Annual returns of the Patna Lunatic Asylum at Bankipore in Bihar and Orissa - 1912-1924
Year: 1912
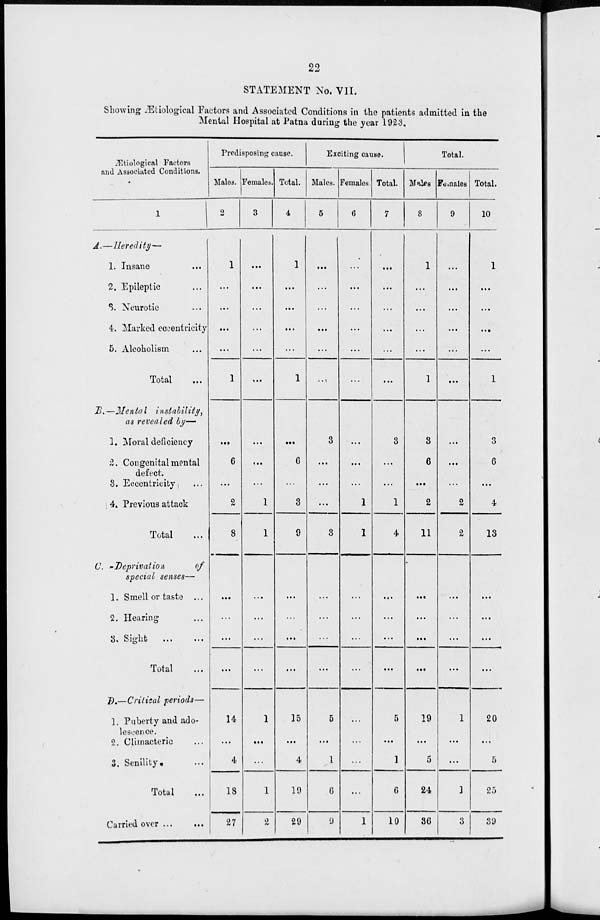
22
STATEMENT No. VII.
Showing Ætiological Factors and Associated Conditions in the patients admitted in the
Mental Hospital at Patna during the year 1923.
Ætiological Factors
and Associated Conditions.
1
A.—Heredity—
1. Insane ...
2. Epileptic ...
3. Neurotic ...
4. Marked eccentricity
5. Alcoholism ...
Total ...
B.—Mental
instability,
as revealed by—
1. Moral deficiency
2. Congenital mental
defect.
3. Eccentricity ...
4. Previous attack
Total ...
C. -Deprivation
of
special senses—
1. Smell or taste ...
2. Hearing ...
3. Sight ...
Total ...
D.—Critical periods—
1. Puberty and ado-
lescence.
2. Climacteric ...
3. Senility ...
Total ...
Carried over
...
...
Predisposing cause.
Males.
2
1
...
...
...
...
1
...
6
...
2
8
...
...
...
...
14
...
4
18
27
Females.
3
...
...
...
...
...
...
...
...
...
1
1
...
...
...
...
1
...
...
1
2
Total.
4
1
...
...
...
...
1
...
6
...
3
9
...
...
...
...
15
...
4
19
29
Exciting cause.
Males.
5
...
...
...
...
...
...
3
...
...
...
3
...
...
...
...
5
...
1
6
9
Females.
6
...
...
...
...
...
...
...
...
1
1
...
...
...
...
...
...
...
...
1
Total.
7
...
...
...
...
...
...
3
...
...
1
4
...
...
...
...
5
...
1
6
10
Total.
Males.
8
1
...
...
...
...
1
3
6
...
2
11
...
...
...
...
19
...
5
24
36
Females.
9
...
...
...
...
...
...
...
...
2
2
...
...
...
...
1
...
...
1
3
Total.
10
1
...
...
...
...
1
3
6
...
4
13
...
...
...
...
20
...
5
25
39